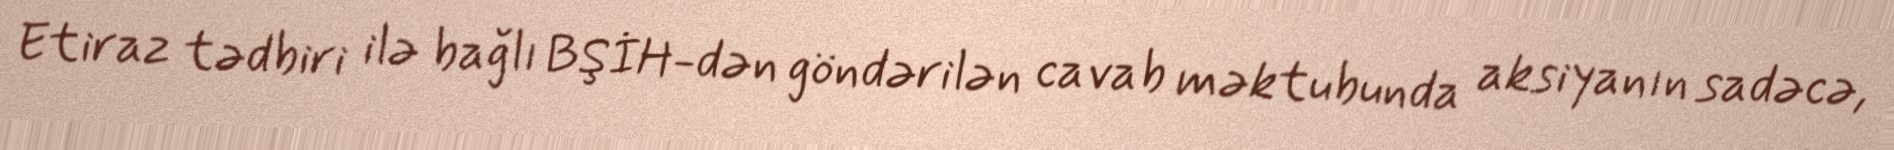
Etiraz tədbiri ilə bağlı BŞİH-dən göndərilən cavab məktubunda aksiyanın sadəcə,